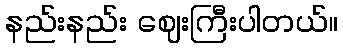
နည်းနည်း ဈေးကြီးပါတယ်။